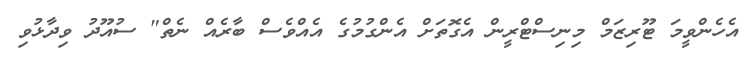
އެހެންވީމަ ޓޫރިޒަމް މިނިސްޓްރީން އެގޮތަށް އެންގުމުގެ އެއްވެސް ބާރެއް ނެތް" ސުއޫދު ވިދާޅުވި